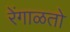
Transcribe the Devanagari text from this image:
रेंगाळतो